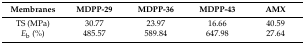
<table><thead><tr><td><b>Membranes</b></td><td><b>MDPP-29</b></td><td><b>MDPP-36</b></td><td><b>MDPP-43</b></td><td><b>AMX</b></td></tr></thead><tbody><tr><td>TS (MPa)</td><td>30.77</td><td>23.97</td><td>16.66</td><td>40.59</td></tr><tr><td><i>E</i><sub>b</sub> (%)</td><td>485.57</td><td>589.84</td><td>647.98</td><td>27.64</td></tr></tbody></table>